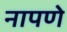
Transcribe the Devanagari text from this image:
नापणे